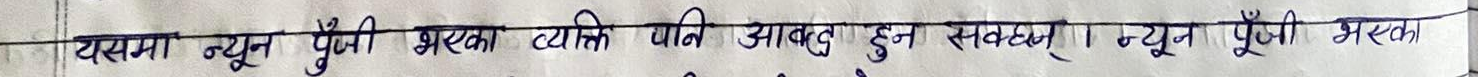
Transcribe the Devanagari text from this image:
यसमा न्यून पूँजी भएका व्यक्ति पनि आवद्ध हुन सक्छन्। न्यून पूँजी भएका